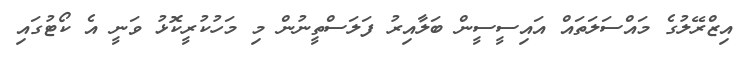
އިޒްރޭލުގެ މައްސަލަތައް އައިސީސީން ބަލާއިރު ފަލަސްތީނުން މި މަހުކުރީކޮޅު ވަނީ އެ ކޯޓުގައި